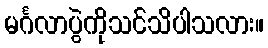
မင်္ဂလာပွဲကိုသင်သိပါသလား။